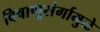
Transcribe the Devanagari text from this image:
विषाणूसंर्गामुळे